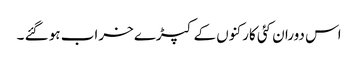
اس دوران کئی کارکنوں کے کپڑے خراب ہو گئے ۔